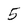
Character: 5